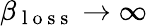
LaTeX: \beta_{\mathrm{~l~o~s~s~}}\rightarrow\infty